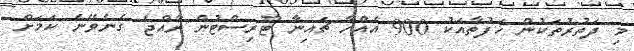
މި ދަތުރުތަކުން ހަފުތާއަކު 900 އެއްހާ ޗައިނާ ޓޫރިސްޓުން ރާއްޖެ ގެނެވޭނެ ކަމަށް